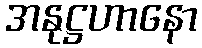
အနုဋ္ဌဟာနော